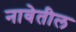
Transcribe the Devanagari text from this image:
नावेतील